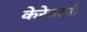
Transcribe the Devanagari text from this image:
केरेतापी